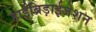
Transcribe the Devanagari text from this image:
हाईब्रिड़ाईजेशन